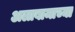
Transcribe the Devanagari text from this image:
अलाबामाच्या